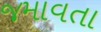
જમાવતા